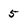
Character: 5